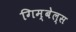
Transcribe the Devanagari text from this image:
गिम्बेल्स